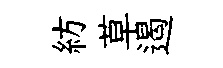
紡草遏